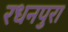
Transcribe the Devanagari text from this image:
रधनपुरा